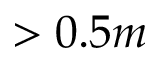
> 0 . 5 m